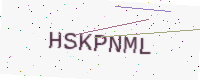
Text: HSKPNML